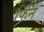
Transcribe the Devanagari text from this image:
फिन